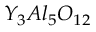
Y _ { 3 } A l _ { 5 } O _ { 1 2 }